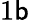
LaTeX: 1\mathsf{b}